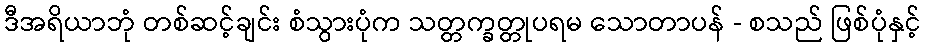
ဒီအရိယာဘုံ တစ်ဆင့်ချင်း စံသွားပုံက သတ္တက္ခတ္တုပရမ သောတာပန် - စသည် ဖြစ်ပုံနှင့်